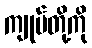
ကျုပ်တို့ကို